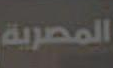
المصرية